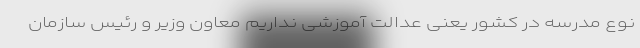
نوع مدرسه در کشور یعنی عدالت آموزشی نداریم معاون وزیر و رئیس سازمان